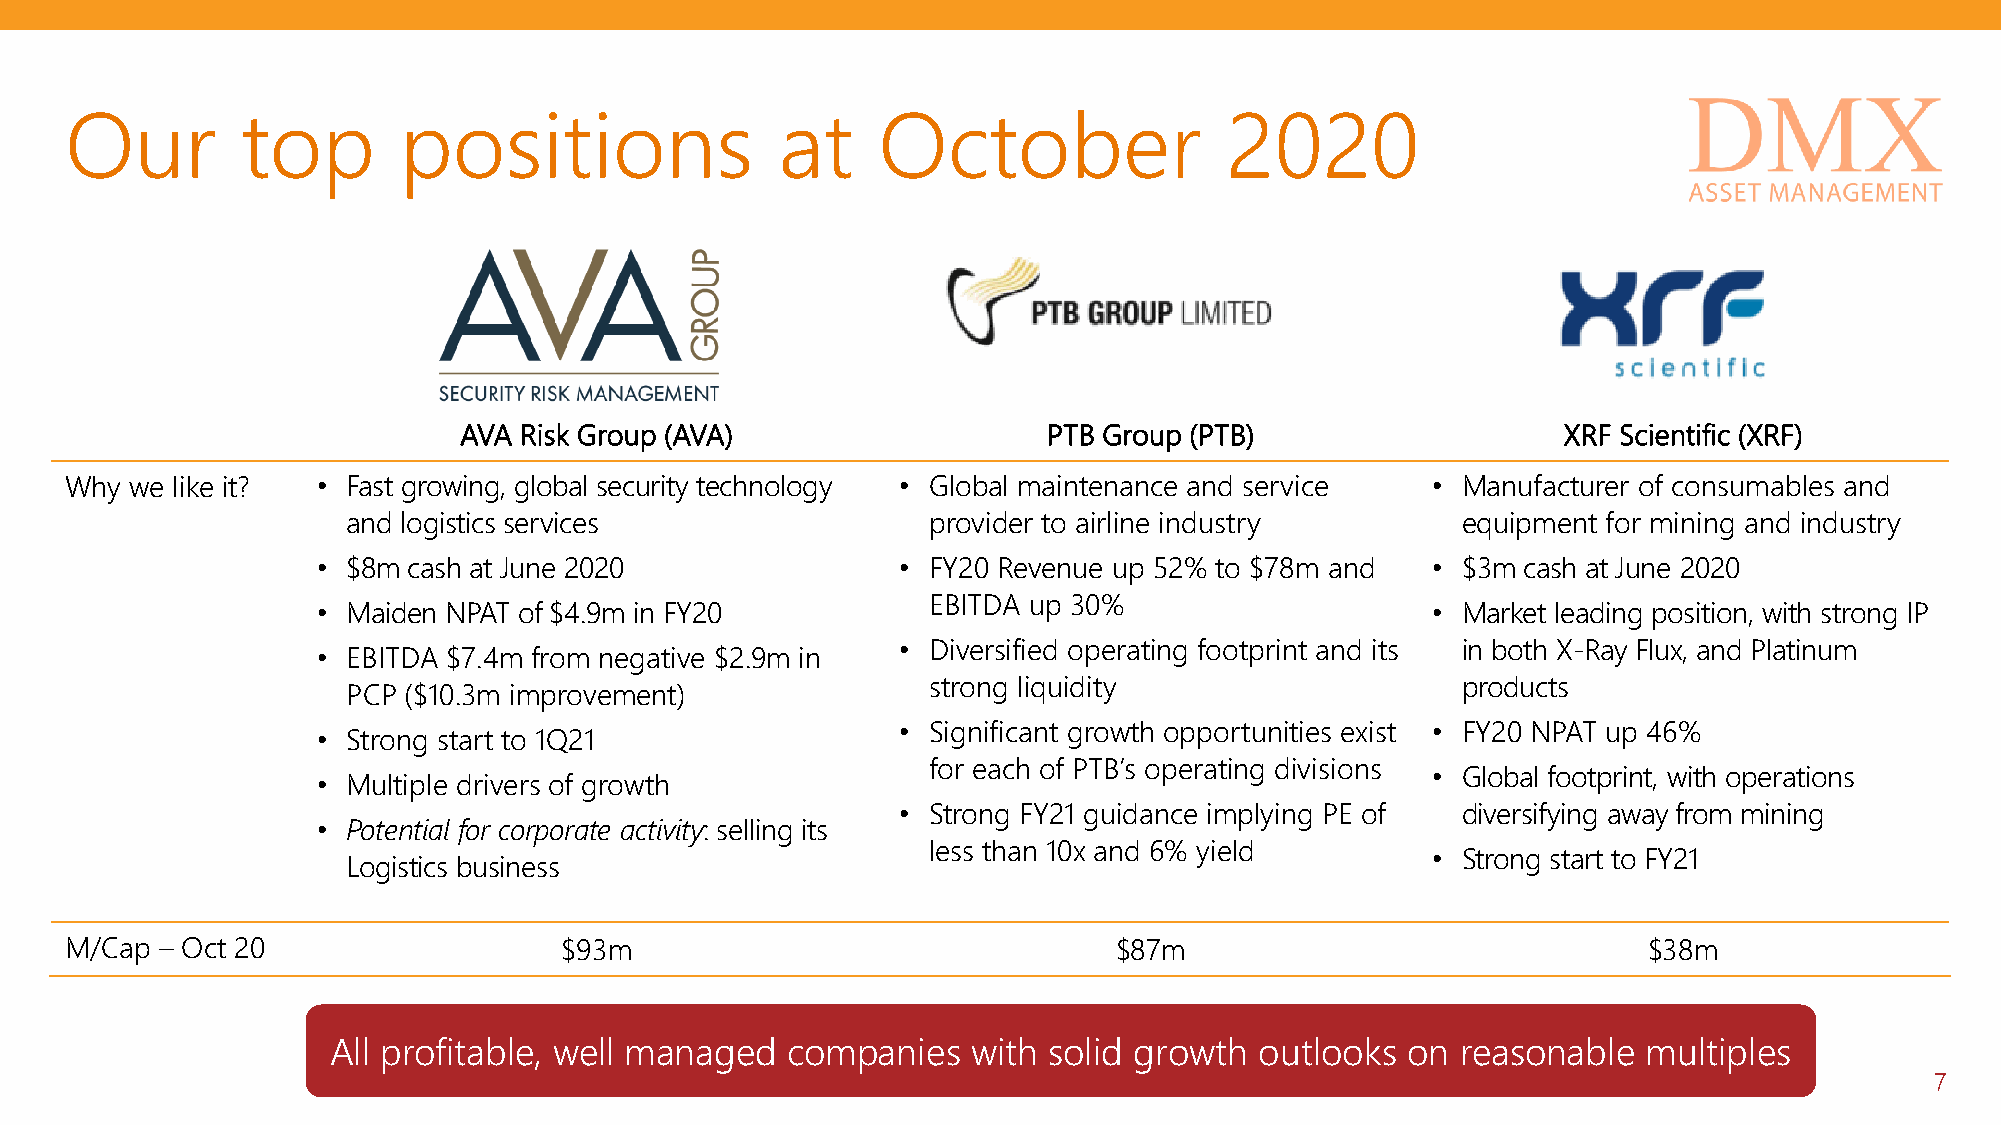
Our         top       positions                at     October                2020
 AVA Risk Group (AVA)                   PTB Group (PTB)                   XRF Scientific (XRF)
 Why  we like it? • Fast growing, global security technology • Global maintenance and service • Manufacturer of consumables and
 and logistics services                provider to airline industry        equipment for mining and industry
 • $8m cash at June 2020                • FY20 Revenue up 52% to $78m and  • $3m cash at June 2020
 EBITDA up 30%
 • Maiden NPAT of $4.9m in FY20                                            • Market leading position, with strong IP
 • Diversified operating footprint and its in both X-Ray Flux, and Platinum
 • EBITDA $7.4m from negative $2.9m in
 strong liquidity                    products
 PCP ($10.3m improvement)
 • Significant growth opportunities exist • FY20 NPAT up 46%
 • Strong start to 1Q21
 for each of PTB’s operating divisions
 • Global footprint, with operations
 • Multiple drivers of growth
 • Strong FY21 guidance implying PE of diversifying away from mining
 • Potential for corporate activity: selling its
 less than 10x and 6% yield
 • Strong start to FY21
 Logistics business
 M/Cap – Oct 20                   $93m                                 $87m                               $38m
 All profitable, well managed  companies   with solid growth  outlooks  on  reasonable  multiples
 7